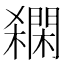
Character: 𨶓